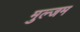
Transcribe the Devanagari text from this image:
मुल्जम